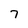
Character: 7